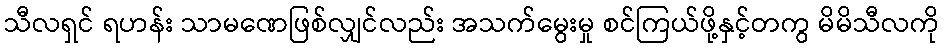
သီလရှင် ရဟန်း သာမဏေဖြစ်လျှင်လည်း အသက်မွေးမှု စင်ကြယ်ဖို့နှင့်တကွ မိမိသီလကို